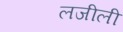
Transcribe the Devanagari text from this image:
लजीली